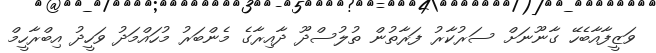
ވަޒީފާއާބެހޭ ގާނޫނަށް ސަރުކާރު ފަރާތުން ތުލުސްދޫ ދާއިރާގެ މެންބަރު މުހައްމަދު ވަހީދު އިބްރާހީމް